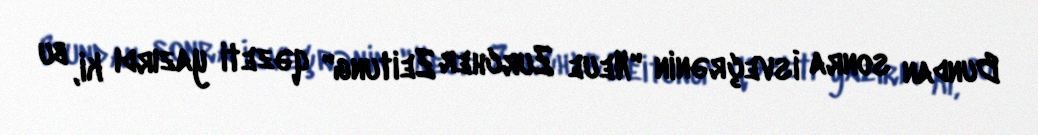
Bundan sonra İsveçrənin "Neue Zurcher Zeitung" qəzeti yazırdı ki, bu